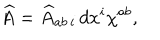
\widehat { A } = \widehat { A } _ { a b \, i } \, d x ^ { i } \chi ^ { a b } ,